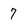
Character: 7